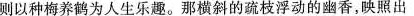
则以种梅养鹤为人生乐趣。那横斜的疏枝浮动的幽香，映照出